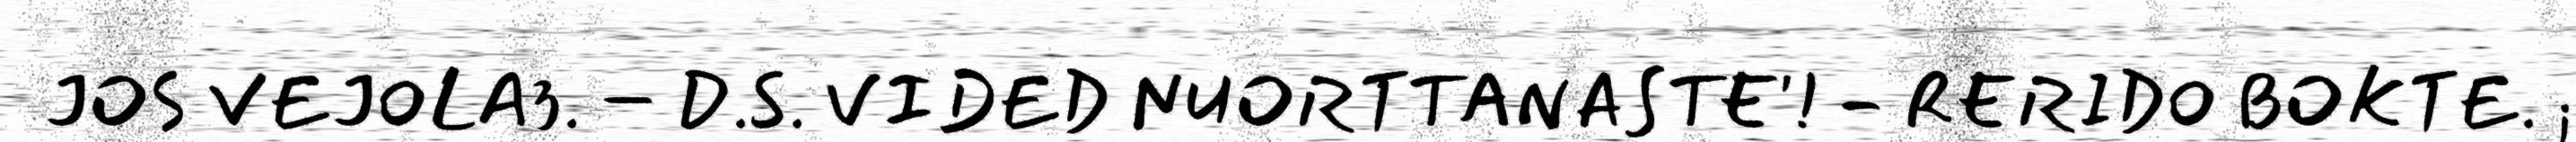
JOS VEJOLA3. – D.S. VIDED NUORTTANASTE'! - RERIDO BOKTE. ;